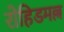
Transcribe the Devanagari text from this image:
रोहिडमल्ल